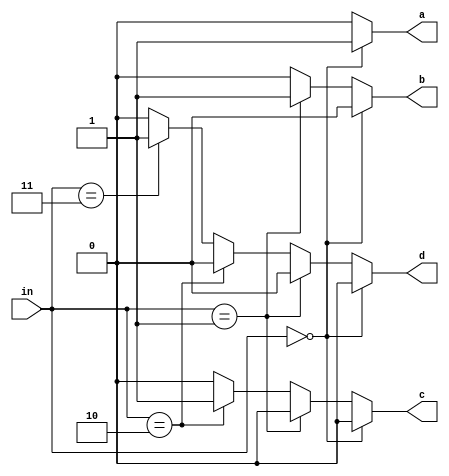
module decoder(in, a,b,c,d);
    input [1:0] in;
    output reg a,b,c,d;

    always @(in)begin
        if (in == 2'b00)begin
            a = 1'b1;
            b = 1'b0;
            c = 1'b0;
            d = 1'b0;
        end

        else if (in == 2'b01)begin
            a = 1'b0;
            b = 1'b1;
            c = 1'b0;
            d = 1'b0;
        end

        else if (in == 2'b10)begin
            a = 1'b0;
            b = 1'b0;
            c = 1'b1;
            d = 1'b0;
        end

        else if (in == 2'b11)begin
            a = 1'b0;
            b = 1'b0;
            c = 1'b0;
            d = 1'b1;
        end

        else begin
            a = 1'b0;
            b = 1'b0;
            c = 1'b0;
            d = 1'b0;
        end
    end
endmodule